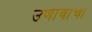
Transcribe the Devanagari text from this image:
उणीवांचा